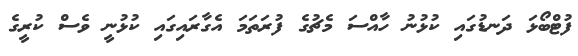
ފުޓްބޯޅަ ދަނޑުގައި ކުޅުނު ހާއްސަ މެޗުގެ ފުރަތަމަ އެގާރައިގައި ކުޅުނީ ވެސް ކުރީގެ